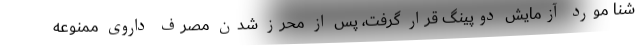
شنا مورد آزمایش دوپینگ قرار گرفت، پس از محرز شدن مصرف داروی ممنوعه